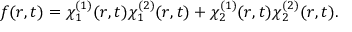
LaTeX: f ( r , t ) = \chi _ { 1 } ^ { ( 1 ) } ( r , t ) \chi _ { 1 } ^ { ( 2 ) } ( r , t ) + \chi _ { 2 } ^ { ( 1 ) } ( r , t ) \chi _ { 2 } ^ { ( 2 ) } ( r , t ) .